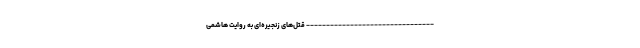
-------------------------------- قتل‌های زنجیره‌ای به روایت هاشمی